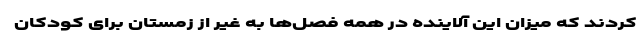
کردند که میزان این آلاینده در همه فصل‌ها به غیر از زمستان برای کودکان